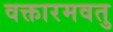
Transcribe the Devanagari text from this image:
वक्तारमवतु